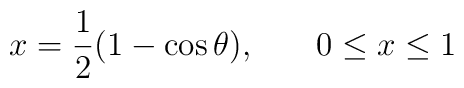
x = \frac{1}{2} ( 1 - \cos \theta), \hspace{.3 in} 0 \leq x \leq 1